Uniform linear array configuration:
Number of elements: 24
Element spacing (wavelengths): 1
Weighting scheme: hamming
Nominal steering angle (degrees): -60
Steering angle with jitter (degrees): -61.097
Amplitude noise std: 0.05
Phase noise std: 0.05

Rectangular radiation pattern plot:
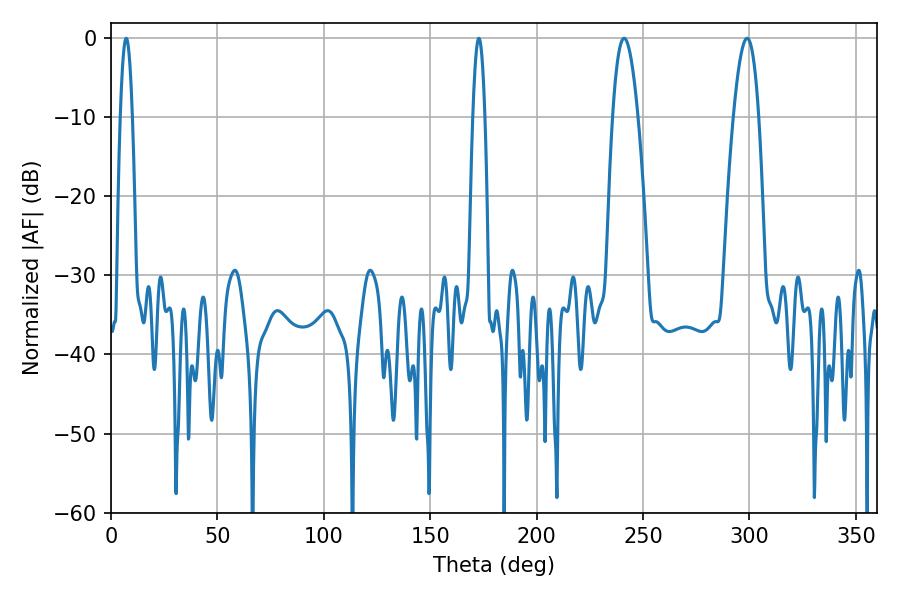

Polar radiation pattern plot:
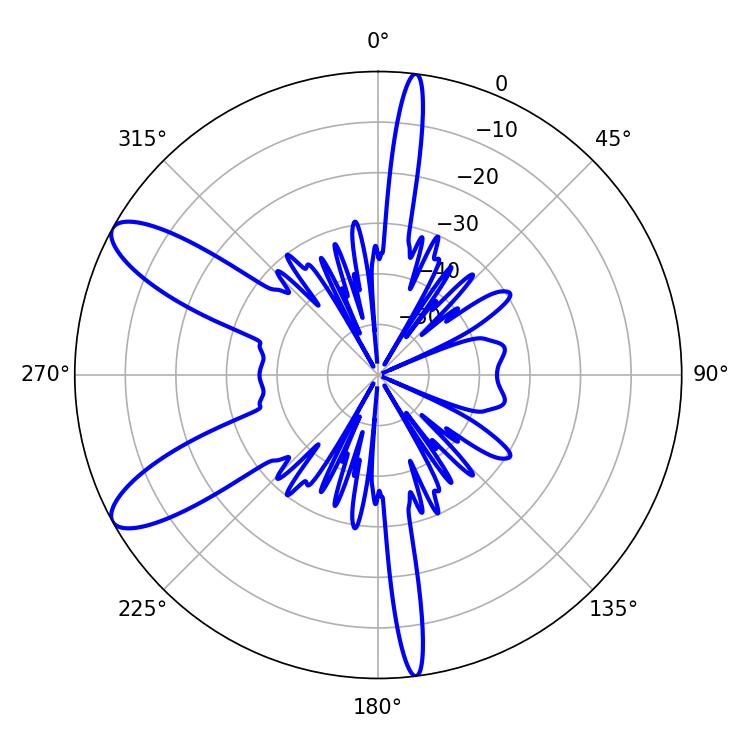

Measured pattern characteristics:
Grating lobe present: TRUE
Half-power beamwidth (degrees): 6.48
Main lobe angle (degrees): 241.02